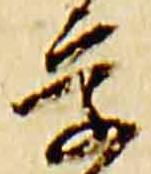
学